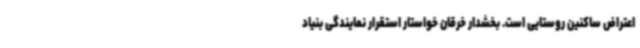
اعتراض ساکنین روستایی است. بخشدار خرقان خواستار استقرار نمایندگی بنیاد